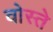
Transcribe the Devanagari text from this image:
वोस्ते